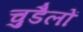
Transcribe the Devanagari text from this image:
चुडैलों